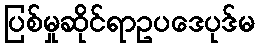
ပြစ်မှုဆိုင်ရာဥပဒေပုဒ်မ